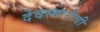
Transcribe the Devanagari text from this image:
देवस्वारीची